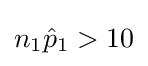
n_{1}{\hat {p}}_{1}>10